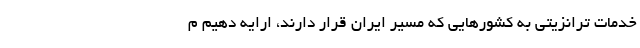
خدمات ترانزیتی به کشورهایی که مسیر ایران قرار دارند، ارایه دهیم م